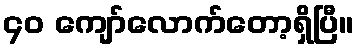
၄၀ ကျော်လောက်တော့ရှိပြီ။